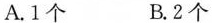
A.1个 B.2个